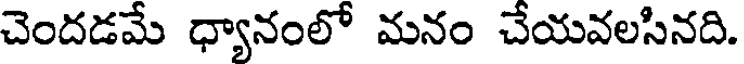
చెందడమే ధ్యానంలో మనం చేయవలసినది.